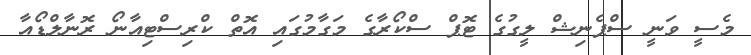
މެސީ ވަނީ ސްޕެނިޝް ލީގުގެ ޓޮޕް ސްކޯރާގެ މަގާމުގައި އޮތް ކްރިސްޓިއާނޯ ރޮނާލްޑޯއާ